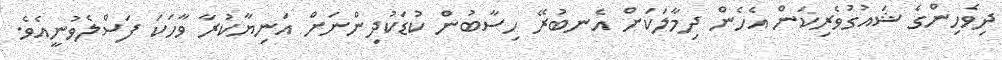
ދިވެހިންގެ ޝައުގުވެރިކަން އެހެން ދިމާލަކަށް އެނބުރޭ ހިސާބުން ކުޑަކުދިންނަށް އަނިޔާކުރާ ވާހަކަ ފަސްލެވުނީއެވެ.